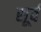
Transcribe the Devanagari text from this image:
सूर्ब